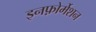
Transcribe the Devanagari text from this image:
इनफ़ोर्मेशन